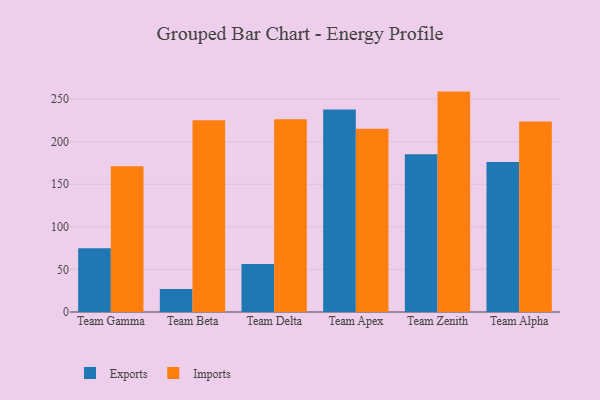
{"axis": {"x": "Team", "y": "Humidity (%)"}, "legend": ["Exports", "Imports"], "data": [{"x": "Team Gamma", "y": 75.0, "type": "Exports"}, {"x": "Team Gamma", "y": 171.0, "type": "Imports"}, {"x": "Team Beta", "y": 27.0, "type": "Exports"}, {"x": "Team Beta", "y": 225.2, "type": "Imports"}, {"x": "Team Delta", "y": 56.5, "type": "Exports"}, {"x": "Team Delta", "y": 226.3, "type": "Imports"}, {"x": "Team Apex", "y": 237.7, "type": "Exports"}, {"x": "Team Apex", "y": 215.3, "type": "Imports"}, {"x": "Team Zenith", "y": 185.2, "type": "Exports"}, {"x": "Team Zenith", "y": 258.8, "type": "Imports"}, {"x": "Team Alpha", "y": 176.2, "type": "Exports"}, {"x": "Team Alpha", "y": 223.8, "type": "Imports"}]}